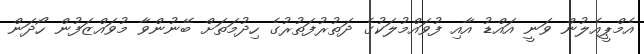
އެމްޕީއެލުން ވަނީ އައްޑު އާއި ފުވައްމުލަކުގެ ދަތުރުފަތުރުގެ ހިދުމަތަށް ބޭނުންވާ މުވައްޒަފުން ހޯދަން